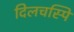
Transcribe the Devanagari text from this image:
दिलचस्पि